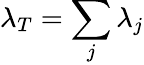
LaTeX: \lambda_{T}=\sum_{j}\lambda_{j}